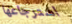
استرجاعها